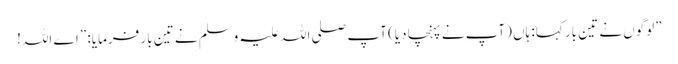
”لوگوں نے تین بار کہا: ہاں (آپ نے پہنچا دیا) آپ صلی اللہ علیہ وسلم نے تین بار فرمایا: ”اے اللہ!